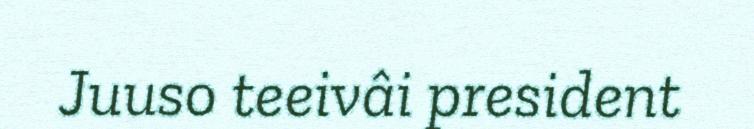
Juuso teeivâi president